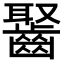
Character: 𪘸